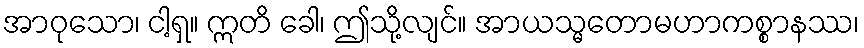
အာဝုသော၊ ငါ့ရှ။ ဣတိ ခေါ၊ ဤသို့လျင်။ အာယသ္မတောမဟာကစ္စာနဿ၊